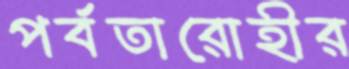
পর্বতারোহীর